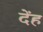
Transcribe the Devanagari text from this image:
देंह